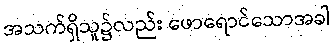
အသက်ရှိသူ၌လည်း ဖောရောင်သောအခါ